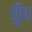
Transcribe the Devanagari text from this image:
धुँध